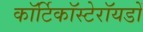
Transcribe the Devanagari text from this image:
कॉर्टिकॉस्टेरॉयडों